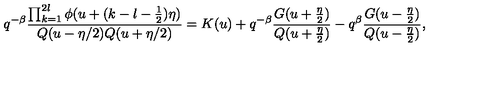
q ^ { - \beta } \frac { \prod _ { k = 1 } ^ { 2 l } \phi ( u + ( k - l - \frac 1 2 ) \eta ) } { Q ( u - \eta / 2 ) Q ( u + \eta / 2 ) } = K ( u ) + q ^ { - \beta } \frac { G ( u + \frac { \eta } { 2 } ) } { Q ( u + \frac { \eta } { 2 } ) } - q ^ { \beta } \frac { G ( u - \frac { \eta } { 2 } ) } { Q ( u - \frac { \eta } { 2 } ) } ,